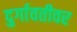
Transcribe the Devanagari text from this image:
दुर्गावतीवर